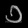
Digit: ၁